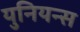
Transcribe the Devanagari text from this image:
युनियन्स